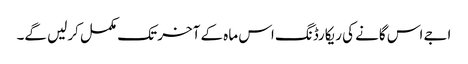
اجے اس گانے کی ریکارڈنگ اس ماہ کے آخر تک مکمل کرلیں گے۔